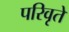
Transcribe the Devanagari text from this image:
परिवृते